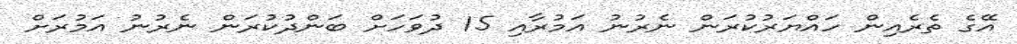
އޭގެ ތެރެއިން ހައްޔަރުކުރަން ނެރުނު އަމުރާއި 15 ދުވަހަށް ބަންދުކުރަން ނެރުނު އަމުރަށް